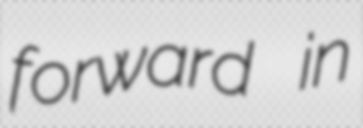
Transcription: forward in